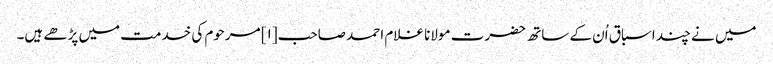
میں نے چند اسباق اُن کے ساتھ حضرت مولانا غلام احمد صاحب[۱] مرحوم کی خدمت میں پڑھے ہیں۔